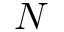
N